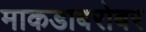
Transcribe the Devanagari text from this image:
माकडाबरोबर